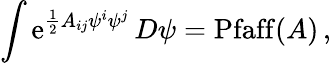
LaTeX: \int\mathrm{e}^{{\frac{{1}}{{2}}}A_{ij}\psi^{i}\psi^{j}}\, D\psi=\mathrm{{Pfaff}}(A)\, ,